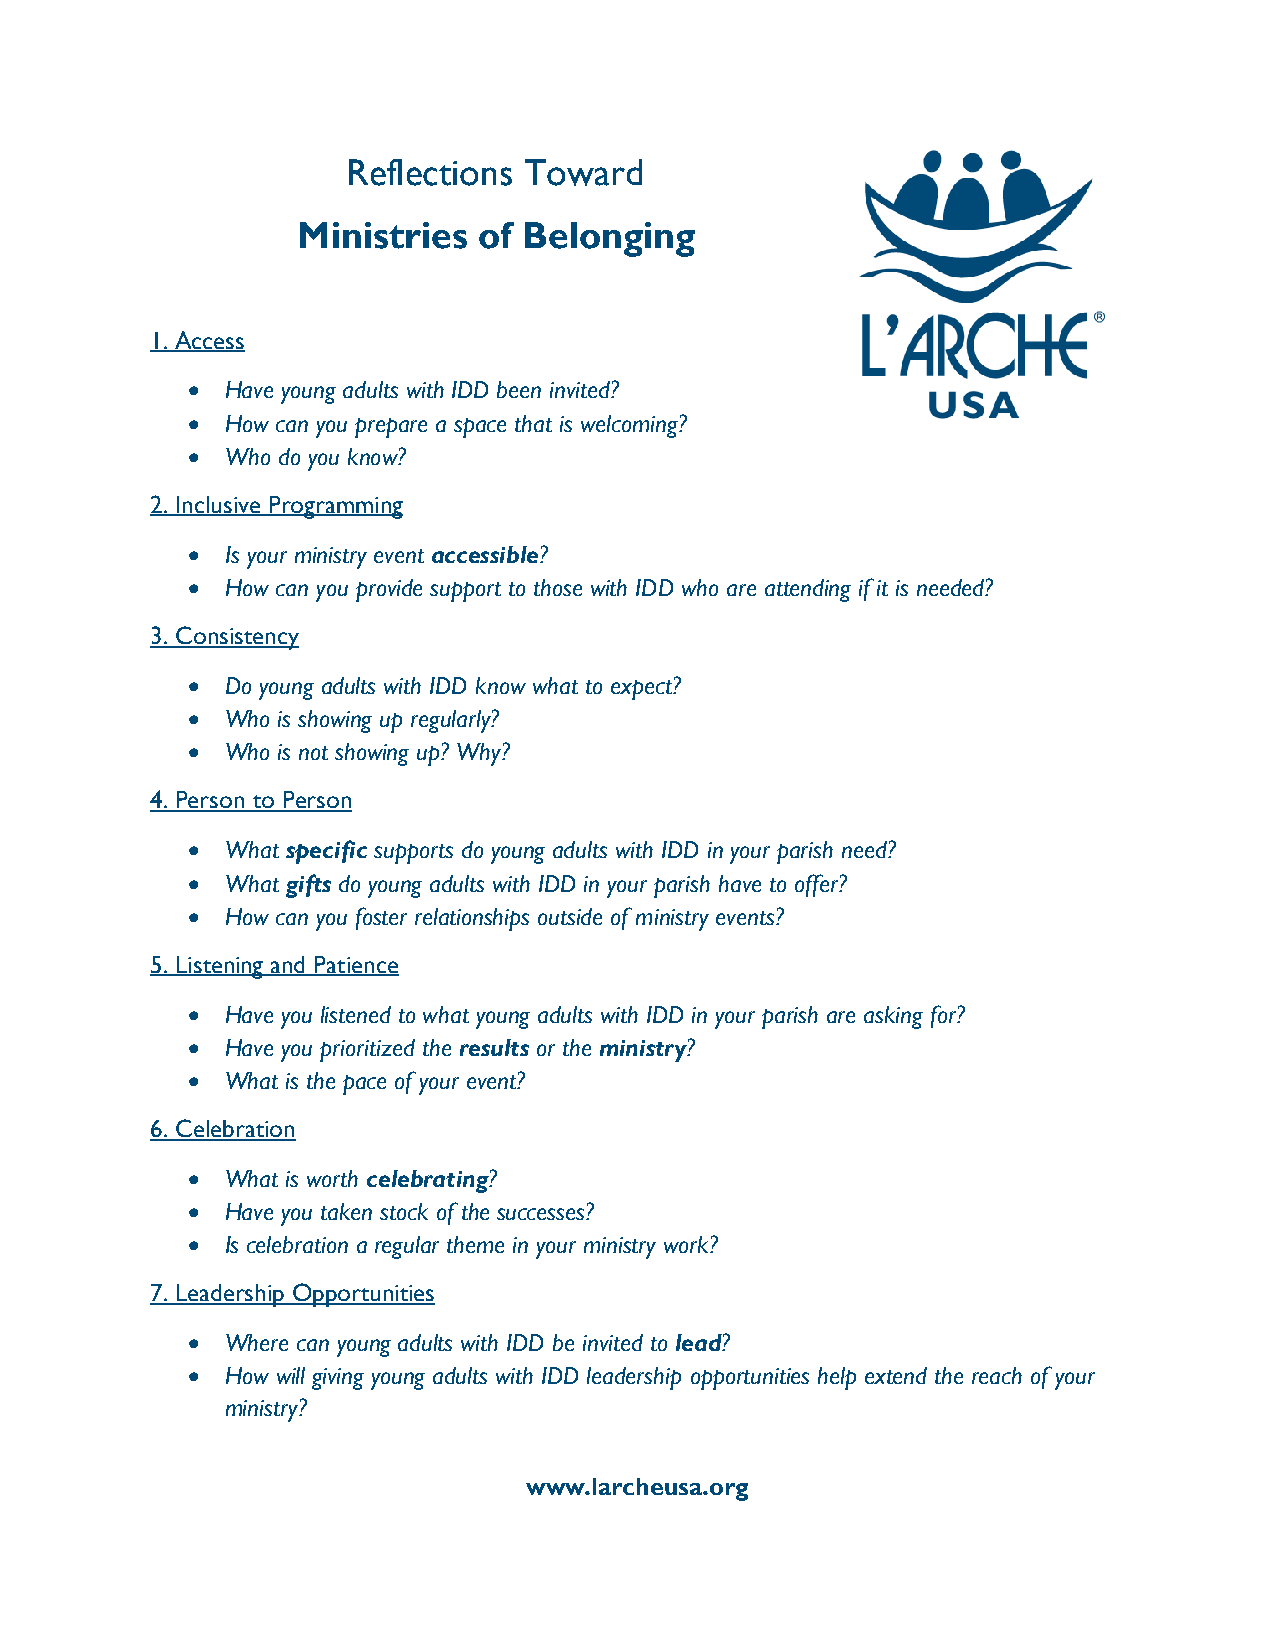
Reflections Toward
 Ministries  of Belonging
 1. Access
 •  Have young adults with IDD been invited?
 •  How can you prepare a space that is welcoming?
 •  Who do you know?
 2. Inclusive Programming
 •  Is your ministry event accessible?
 •  How can you provide support to those with IDD who are attending if it is needed?
 3. Consistency
 •  Do young adults with IDD know what to expect?
 •  Who is showing up regularly?
 •  Who is not showing up? Why?
 4. Person to Person
 •  What specific supports do young adults with IDD in your parish need?
 •  What gifts do young adults with IDD in your parish have to offer?
 •  How can you foster relationships outside of ministry events?
 5. Listening and Patience
 •  Have you listened to what young adults with IDD in your parish are asking for?
 •  Have you prioritized the results or the ministry?
 •  What is the pace of your event?
 6. Celebration
 •  What is worth celebrating?
 •  Have you taken stock of the successes?
 •  Is celebration a regular theme in your ministry work?
 7. Leadership Opportunities
 •  Where can young adults with IDD be invited to lead?
 •  How will giving young adults with IDD leadership opportunities help extend the reach of your
 ministry?
 www.larcheusa.org